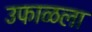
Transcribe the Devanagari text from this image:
उफाळला